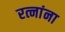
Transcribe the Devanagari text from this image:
रत्नांना